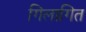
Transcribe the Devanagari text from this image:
गिलागित